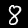
Digit: 8